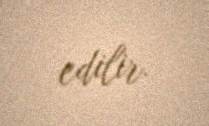
edilir.